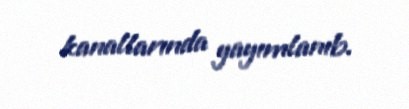
kanallarında yayımlanıb.